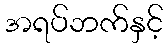
အရပ်ဘက်နှင့်